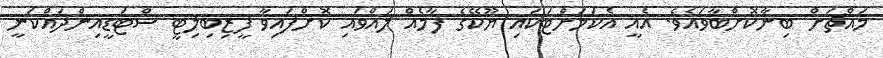
މައްޗަށް ބިނާކޮށްބާވައެވެ. އެއީ އެކަމަށްޓަކައި ޔޫކޭގެ ފާމެއް ލައްވައި ކޮށްފައިވާ ފީޒިބިލިޓީ ސްޓަޑީއިންދައްކަނީ